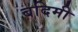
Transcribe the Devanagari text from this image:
बदिमी